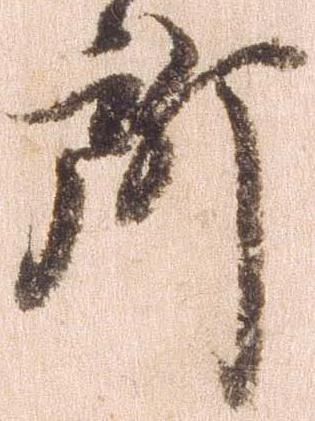
所